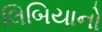
લિબિયાનો